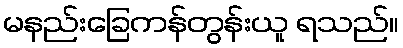
မနည်းခြေကန်တွန်းယူ ရသည်။